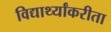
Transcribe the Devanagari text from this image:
विद्यार्थ्यांकरीता